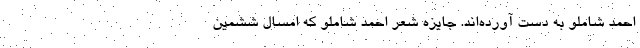
احمد شاملو به دست آورده‌اند. جایزه شعر احمد شاملو که امسال ششمین